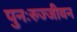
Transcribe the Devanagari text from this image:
पुनःरुज्जीवन